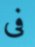
فى